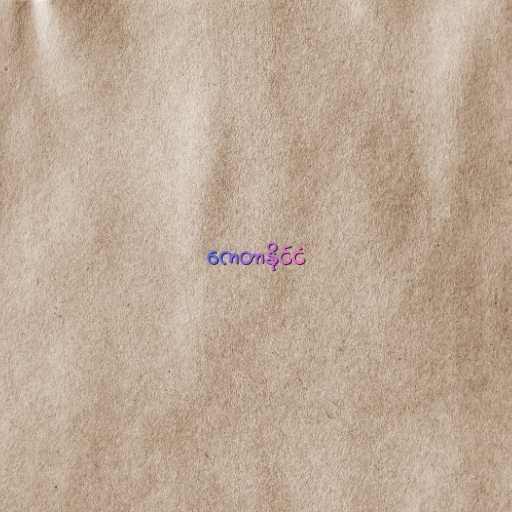
ကေတာနိုင်ငံ